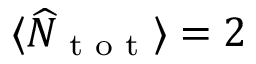
\langle \widehat { N } _ { \textnormal { t o t } } \rangle = 2